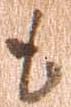
も